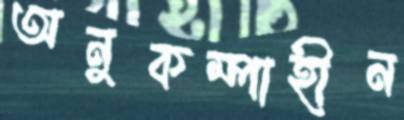
অনুকম্পাহীন